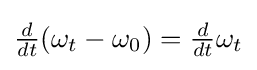
{\textstyle {\frac {d}{dt}}(\omega _{t}-\omega _{0})={\frac {d}{dt}}\omega _{t}}